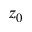
z _ { 0 }